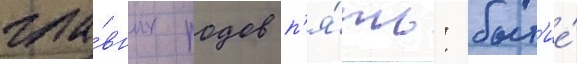
гла́вных родов п'я́ть: быт'ие́